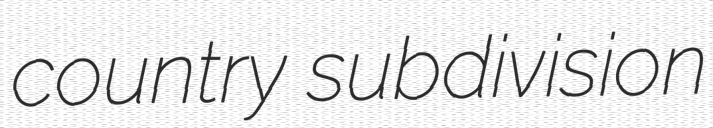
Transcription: country subdivision